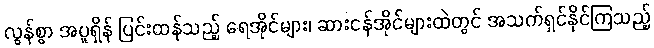
လွန်စွာ အပူရှိန် ပြင်းထန်သည့် ရေအိုင်များ၊ ဆားငန်အိုင်များထဲတွင် အသက်ရှင်နိုင်ကြသည့်